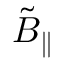
\tilde { B } _ { \parallel }